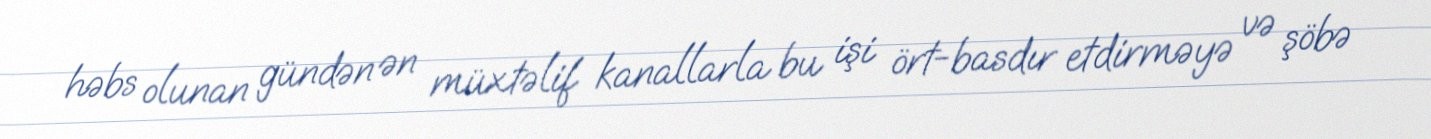
həbs olunan gündən ən müxtəlif kanallarla bu işi ört-basdır etdirməyə və şöbə